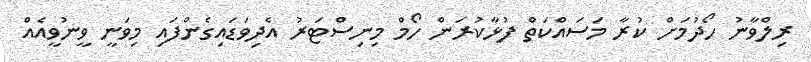
ރިލްވާނު ހޯދުމަށް ކުރާ މަސައްކަތް ފުޅާކުރަން ހޯމް މިނިސްޓަރު އެދިވަޑައިގެންފައި މިވަނީ ވީނުވީއެއް